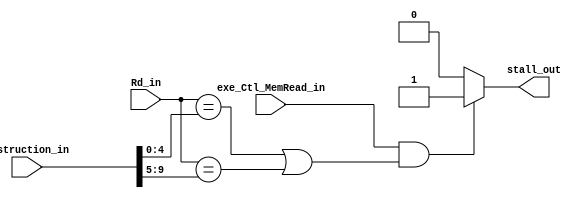
`timescale 1ns / 1ps
module Hazard_detection_unit(
	input			exe_Ctl_MemRead_in,
	input	[4:0]	Rd_in,
	input	[9:0]	instruction_in,
	output		stall_out
	);
	
	wire [4:0] Rs1_in = instruction_in[4:0];
	wire [4:0] Rs2_in = instruction_in[9:5];

	assign stall_out = (exe_Ctl_MemRead_in && ((Rd_in == Rs1_in) || (Rd_in == Rs2_in))) ? 1 : 0;

endmodule